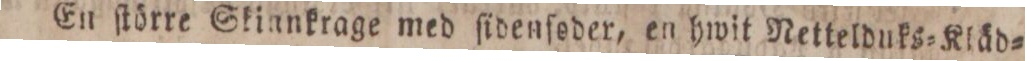
En ſtörre Skinnkrage med ſidenſoder, en hwit Netteldnks=Kläd=